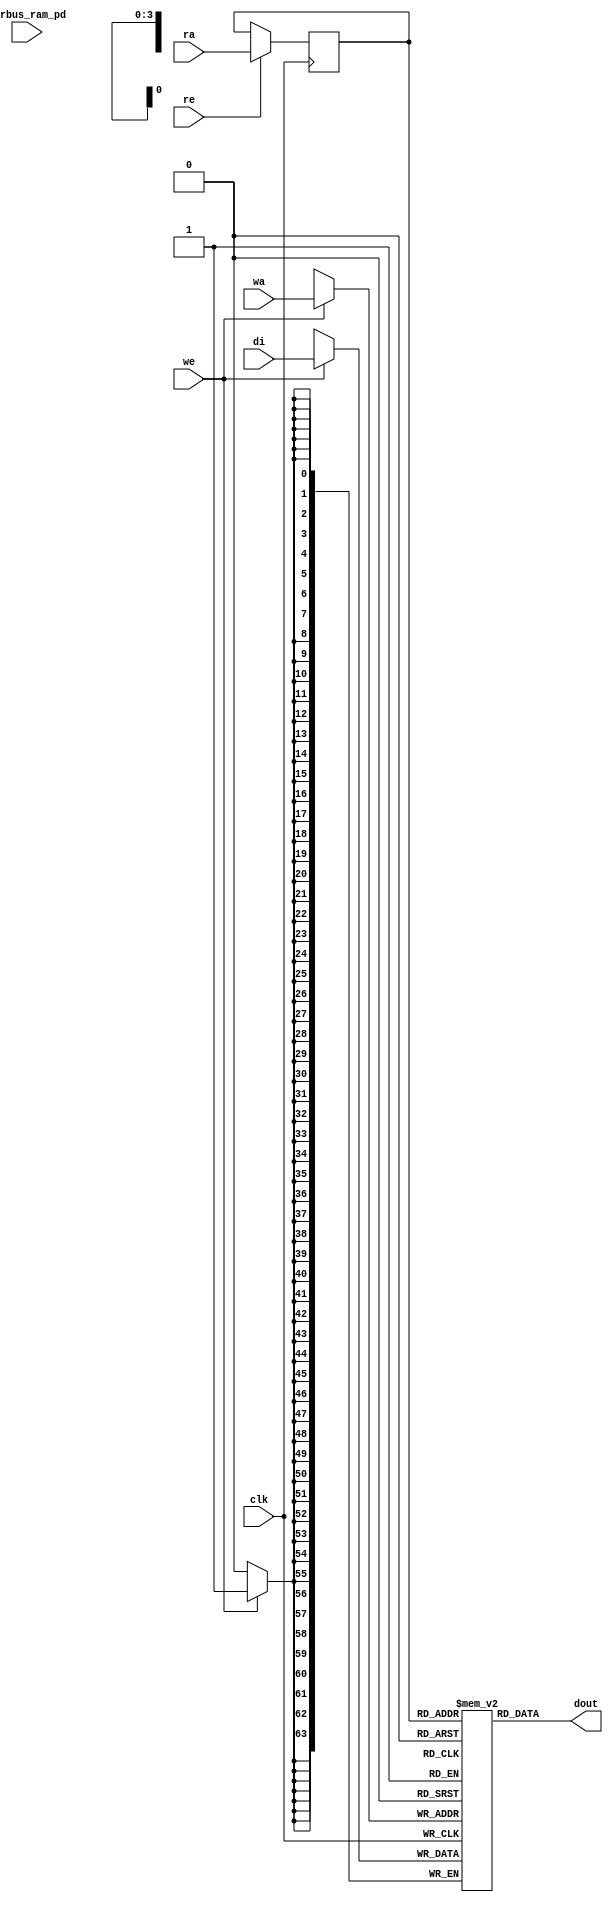
module nv_ram_rws_16x64 (
  clk,
  ra,
  re,
  dout,
  wa,
  we,
  di,
  pwrbus_ram_pd
);
parameter FORCE_CONTENTION_ASSERTION_RESET_ACTIVE=1'b0;
// port list
input clk;
input [3:0] ra;
input re;
output [63:0] dout;
input [3:0] wa;
input we;
input [63:0] di;
input [31:0] pwrbus_ram_pd;
//reg and wire list
reg [3:0] ra_d;
wire [63:0] dout;
reg [63:0] M [15:0];
always @( posedge clk ) begin
    if (we)
       M[wa] <= di;
end
always @( posedge clk ) begin
    if (re)
       ra_d <= ra;
end
assign dout = M[ra_d];
endmodule